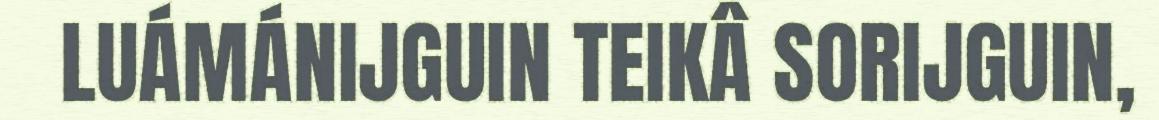
LUÁMÁNIJGUIN TEIKÂ SORIJGUIN,